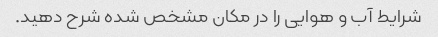
شرایط آب و هوایی را در مکان مشخص شده شرح دهید.